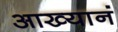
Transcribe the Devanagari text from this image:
आख्यानं